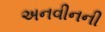
અનવીનની